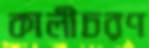
কালীচরণ